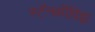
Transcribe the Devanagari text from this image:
स्टॅनकीविझ